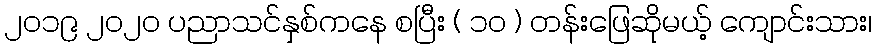
၂၀၁၉ ၂၀၂၀ ပညာသင်နှစ်ကနေ စပြီး ( ၁၀ ) တန်းဖြေဆိုမယ့် ကျောင်းသား၊